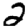
Digit: 2